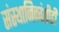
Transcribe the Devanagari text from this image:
संस्‍थानिकांशीही